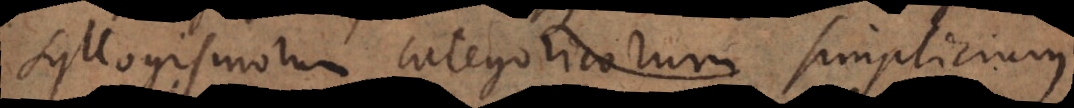
syllogismorum categoricorum simplicium